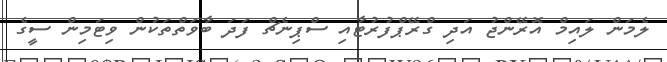
ލެމަން ލައިމް އޮރޭންޖު އަދި ގްރޭޕްފުރުޓާއި ސްޕިނެޗް ފަދަ ބާވަތްތަކުން ވިޓަމިން ސީގެ